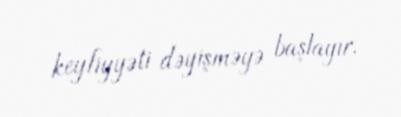
keyfiyyəti dəyişməyə başlayır.